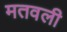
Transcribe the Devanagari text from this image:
मतवली